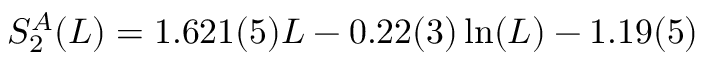
S _ { 2 } ^ { A } ( L ) = 1 . 6 2 1 ( 5 ) L - 0 . 2 2 ( 3 ) \ln ( L ) - 1 . 1 9 ( 5 )